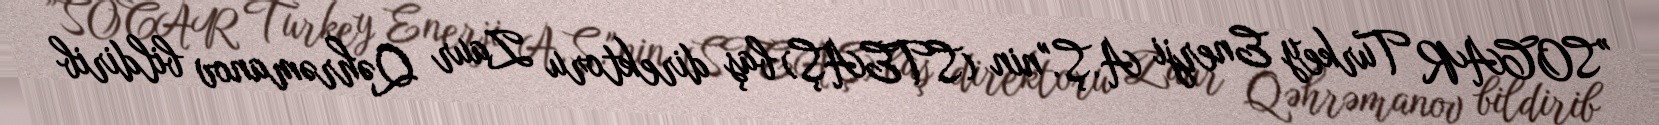
”SOCAR Turkey Enerji A.Ş."nin (STEAŞ) baş direktoru Zaur Qəhrəmanov bildirib